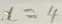
x = 4